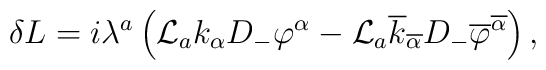
\delta L = i\lambda^a \left( {\cal L}_a k_\alpha D_- \varphi^\alpha-{\cal L}_a \overline{k}_{\overline{\alpha}}D_-\overline{\varphi}^{\overline{\alpha}} \right)  ,